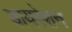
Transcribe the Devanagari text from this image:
डायरेशन